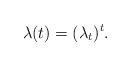
LaTeX: \begin{align*}\lambda(t) = (\lambda_t)^t.\end{align*}